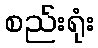
စည်းရုံး